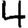
Digit: 4